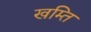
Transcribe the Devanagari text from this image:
खम्ति